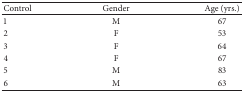
<table><thead><tr><td><b>Control</b></td><td><b>Gender</b></td><td><b>Age (yrs.)</b></td></tr></thead><tbody><tr><td>1</td><td>M</td><td>67</td></tr><tr><td>2</td><td>F</td><td>53</td></tr><tr><td>3</td><td>F</td><td>64</td></tr><tr><td>4</td><td>F</td><td>67</td></tr><tr><td>5</td><td>M</td><td>83</td></tr><tr><td>6</td><td>M</td><td>63</td></tr></tbody></table>